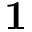
\mathbf { 1 }